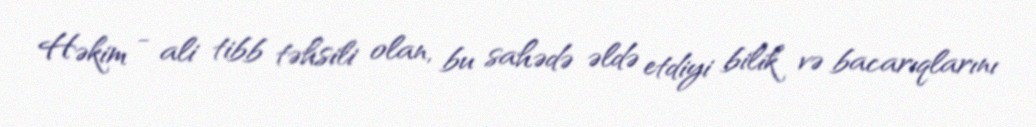
Həkim - ali tibb təhsili olan, bu sahədə əldə etdiyi bilik və bacarıqlarını